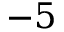
{ - 5 }